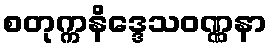
စတုက္ကနိဒ္ဒေသဝဏ္ဏနာ